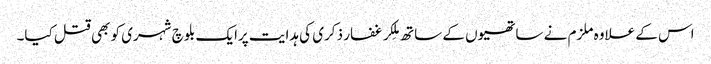
اس کے علاوہ ملزم نے ساتھیوں کے ساتھ مِلکر غفار ذکری کی ہدایت پرایک بلوچ شہری کو بھی قتل کیا۔